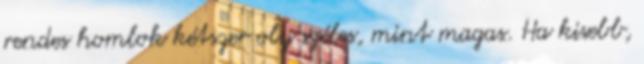
rendes homlok kétszer oly széles, mint magas. Ha kisebb,